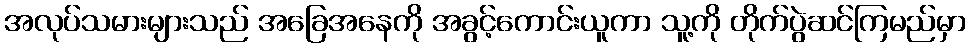
အလုပ်သမားများသည် အခြေအနေကို အခွင့်ကောင်းယူကာ သူ့ကို တိုက်ပွဲဆင်ကြမည်မှာ